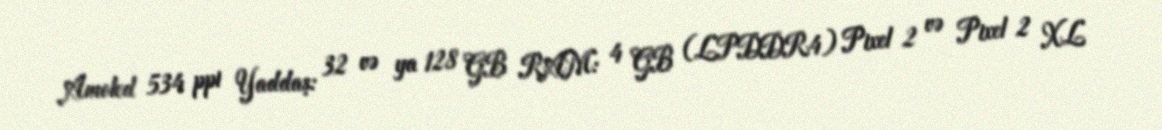
Amoled 534 ppi Yaddaş: 32 və ya 128 GB RAM: 4 GB (LPDDR4) Pixel 2 və Pixel 2 XL